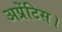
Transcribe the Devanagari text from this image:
अप्रेंटिस।